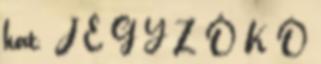
hat. J E G Y Z Ő K Ö